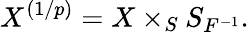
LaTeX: X^{(1/p)}=X\times_{S}S_{F^{-1}}.